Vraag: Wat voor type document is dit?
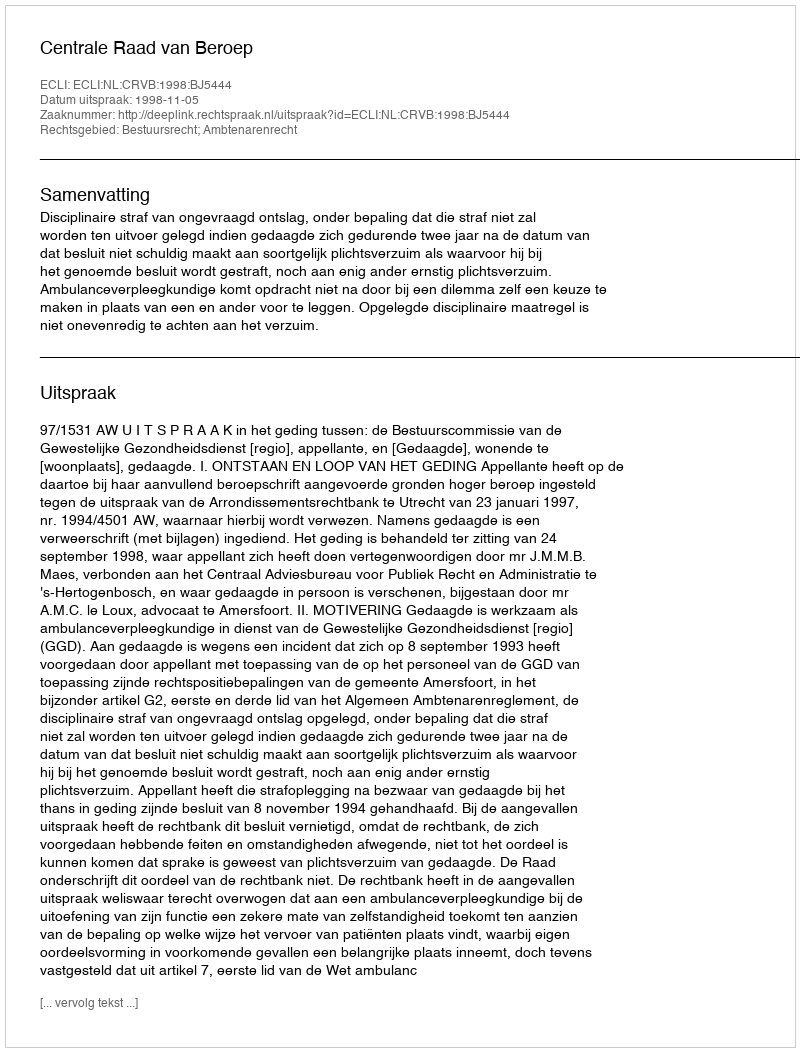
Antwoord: Uitspraak